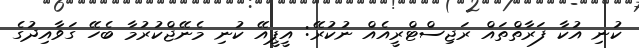
ކުނި އުކާ ފަރާތްތައް ރަޖިސްޓްރީއެއް ނުކުރޭ: އީޕީއޭ ކުނި މެނޭޖްކުރުމާ ބެހޭ ގަވާއިދުގެ